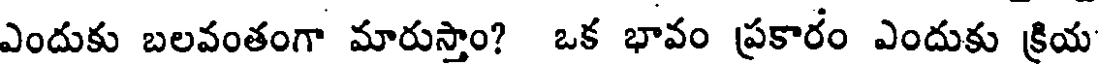
ఎందుకు బలవంతంగా మారుస్తాం? ఒక భావం ప్రకారం ఎందుకు క్రియ